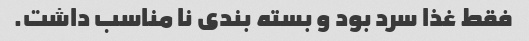
فقط غذا سرد بود و بسته بندی نا مناسب داشت.